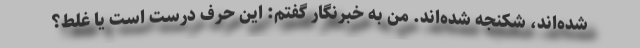
شده‌اند، شکنجه شده‌اند. من به خبرنگار گفتم: این حرف درست است یا غلط؟